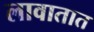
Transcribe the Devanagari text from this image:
लावातात